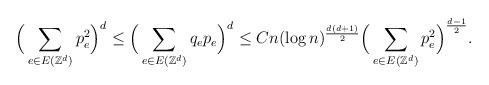
LaTeX: \begin{align*} \Big( \sum _{e\in E(\mathbb Z^d)} p_e^2 \Big)^d \le \Big( \sum _{e\in E(\mathbb Z^d)} q_e p_e \Big)^d \le C n(\log n)^{\frac{d(d+1)}{2}} \Big( \sum _{e\in E(\mathbb Z^d)} p_e^2 \Big) ^{\frac{d-1}{2}}.\end{align*}